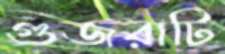
গুজরাটি